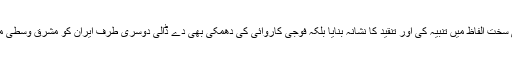
اس تقریر میں خصوصی طور پر شمالی کوریا کو انتہائی سخت الفاظ میں تنبیہ کی اور تنقید کا نشانہ بنایا بلکہ فوجی کاروائی کی دھمکی بھی دے ڈالی دوسری طرف ایران کو مشرق وسطی میں کی جانے والی کاروائیوں سے باز رہنے کو بھی کہا۔